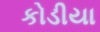
કોડીયા